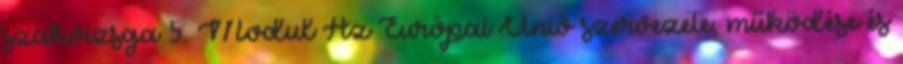
szakvizsga 5. Modul Az Európai Unió szervezete, működése és